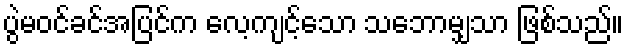
ပွဲမဝင်ခင်အပြင်က လေ့ကျင့်သော သဘောမျှသာ ဖြစ်သည်။